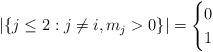
LaTeX: \begin{align*}|\{ j\le 2: j \not=i, m_j>0 \}| = \begin{cases} 0 \\1 \end{cases}\end{align*}